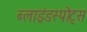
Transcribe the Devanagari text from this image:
ब्लाइंडस्पोट्स